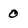
Character: 0